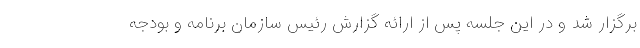
برگزار شد و در این جلسه پس از ارائه گزارش رئیس سازمان برنامه و بودجه